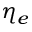
\eta _ { e }